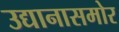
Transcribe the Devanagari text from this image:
उद्यानासमोर